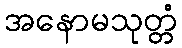
အနောမသုတ္တံ